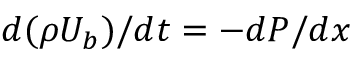
{ d ( \rho U _ { b } ) } / { d t } = - { d P } / { d x }